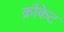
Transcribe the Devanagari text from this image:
क्रौकेट